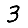
Digit: 3